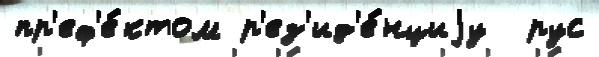
пр'еф'е́ктом р'ез'ид'е́нциjу  рус